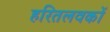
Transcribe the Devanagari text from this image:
हरितलवकों